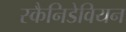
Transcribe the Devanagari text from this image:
स्कैनिडेवियन